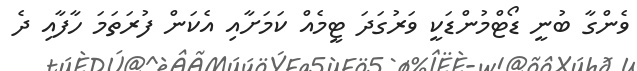
ވެންގާ ބުނީ ޑޯޓްމުންޑަކީ ވަރުގަދަ ޓީމެއް ކަމަށާއި އެކަން ފުރަތަމަ ހާފާއި ދެ